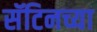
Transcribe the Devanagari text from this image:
सॅटिनच्या